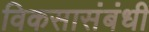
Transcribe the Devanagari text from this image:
विकसासंबंधी